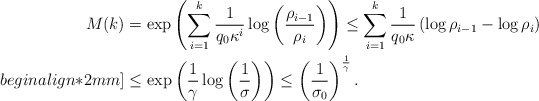
\begin{align*}M(k)&=\exp\left(\sum_{i=1}^k\frac{1}{q_0\kappa^i}\log\left(\frac{\rho_{i-1}}{\rho_i}\right) \right)\leq \sum_{i=1}^k\frac{1}{q_0\kappa}\left(\log \rho_{i-1}-\log \rho_i\right) \\begin{align*}2mm]&\leq \exp\left(\frac{1}{\gamma}\log\left(\frac{1}{\sigma}\right)\right)\leq \left(\frac{1}{\sigma_0}\right)^{\frac{1}{\gamma}}.\end{align*}